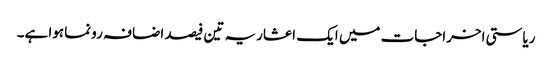
ریاستی اخراجات میں ایک اعشاریہ تین فیصد اضافہ رونما ہوا ہے۔